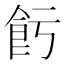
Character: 𱃢